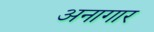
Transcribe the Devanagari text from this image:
अनागार